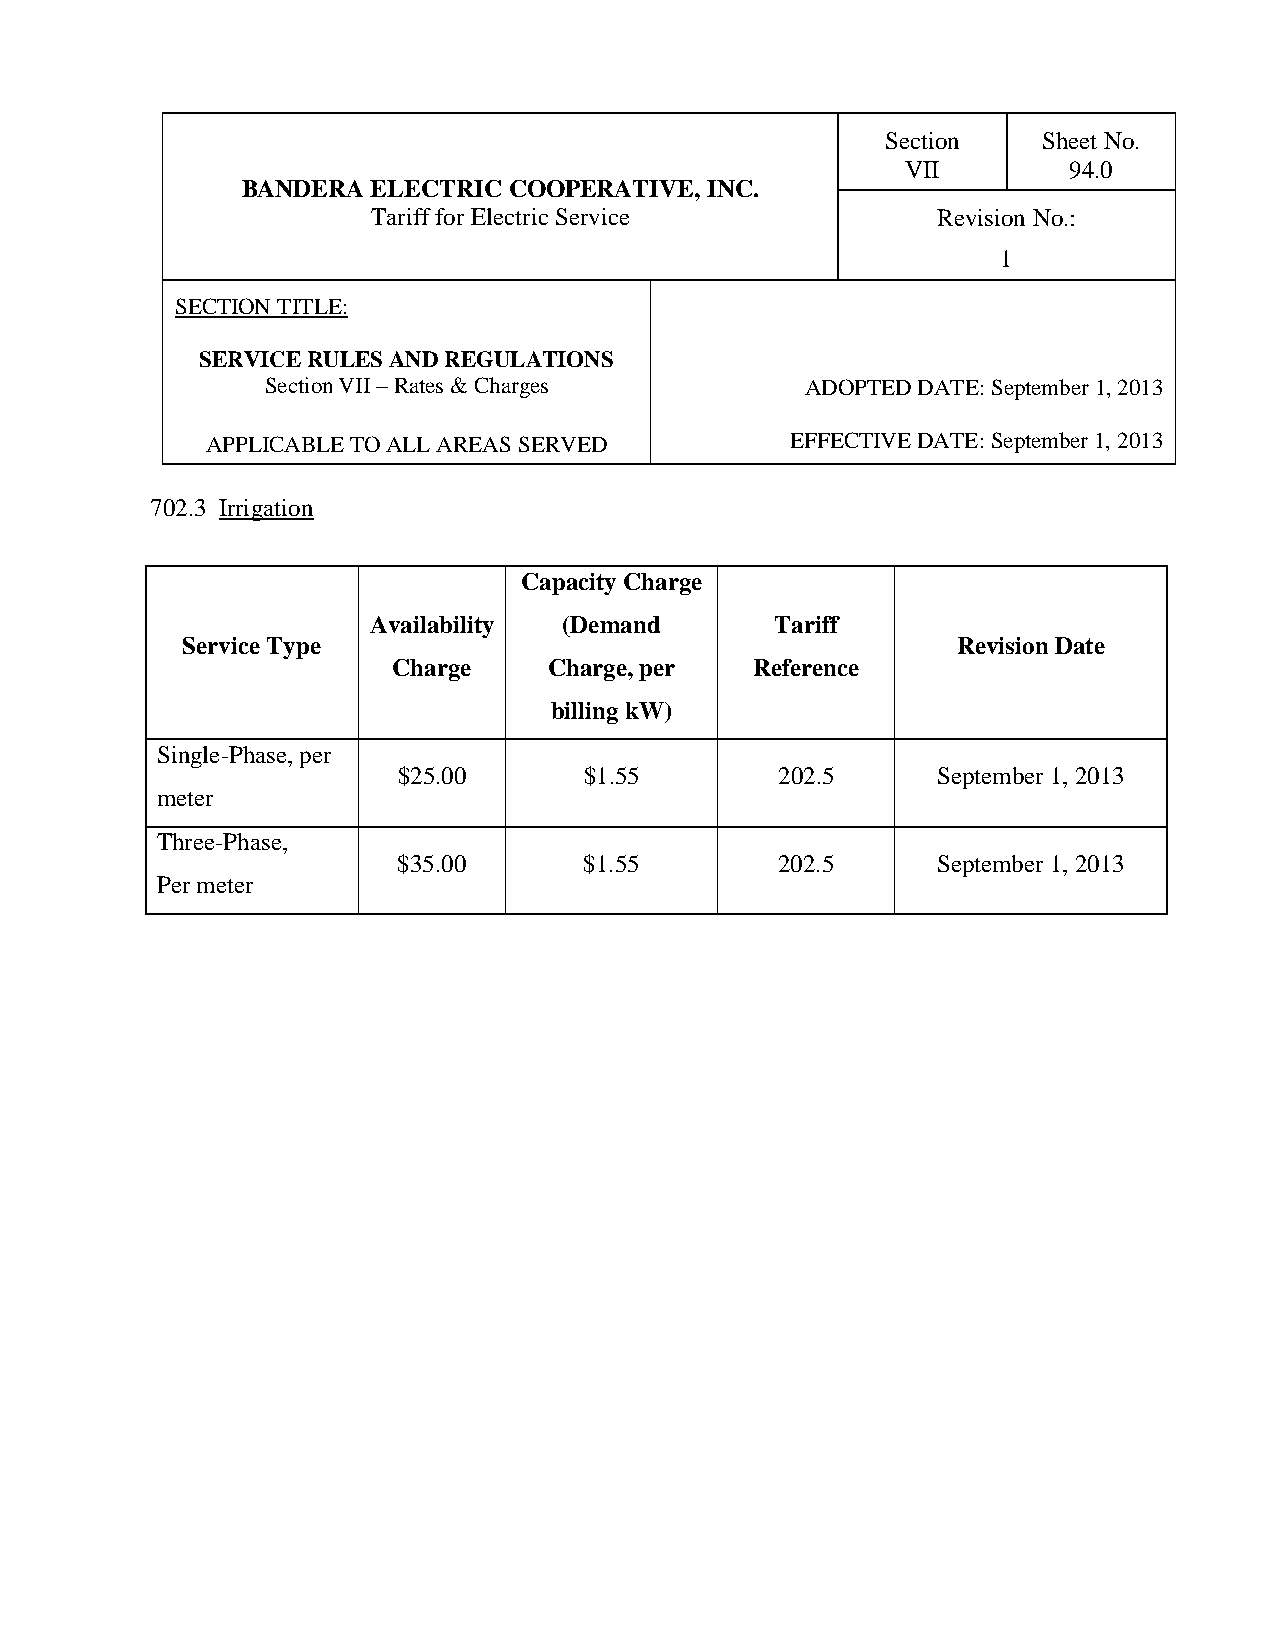
Section   Sheet No.
 VII        94.0
 BANDERA  ELECTRIC COOPERATIVE, INC.
 Tariff for Electric Service          Revision No.:
 1
 SECTION TITLE:
 SERVICE RULES AND REGULATIONS
 Section VII – Rates & Charges      ADOPTED DATE: September 1, 2013
 APPLICABLE TO ALL AREAS SERVED        EFFECTIVE DATE: September 1, 2013
 702.3 Irrigation
 Capacity Charge
 Availability (Demand       Tariff
 Service Type                                       Revision Date
 Charge    Charge, per   Reference
 billing kW)
 Single-Phase, per
 $25.00       $1.55        202.5     September 1, 2013
 meter
 Three-Phase,
 $35.00       $1.55        202.5     September 1, 2013
 Per meter